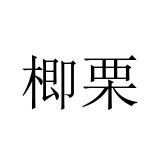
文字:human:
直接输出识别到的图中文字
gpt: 楖栗